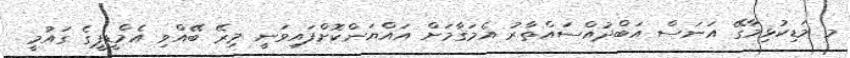
މ މަޑިކުޅިމާގޭ އަނަސް އަބްދުއްސައްތާރު އެމަޤާމަށް އައްޔަންކޮށްފައިވަނީ މިރޭ ބޭއްވި އެމްޑީޕީގެ ގައުމީ